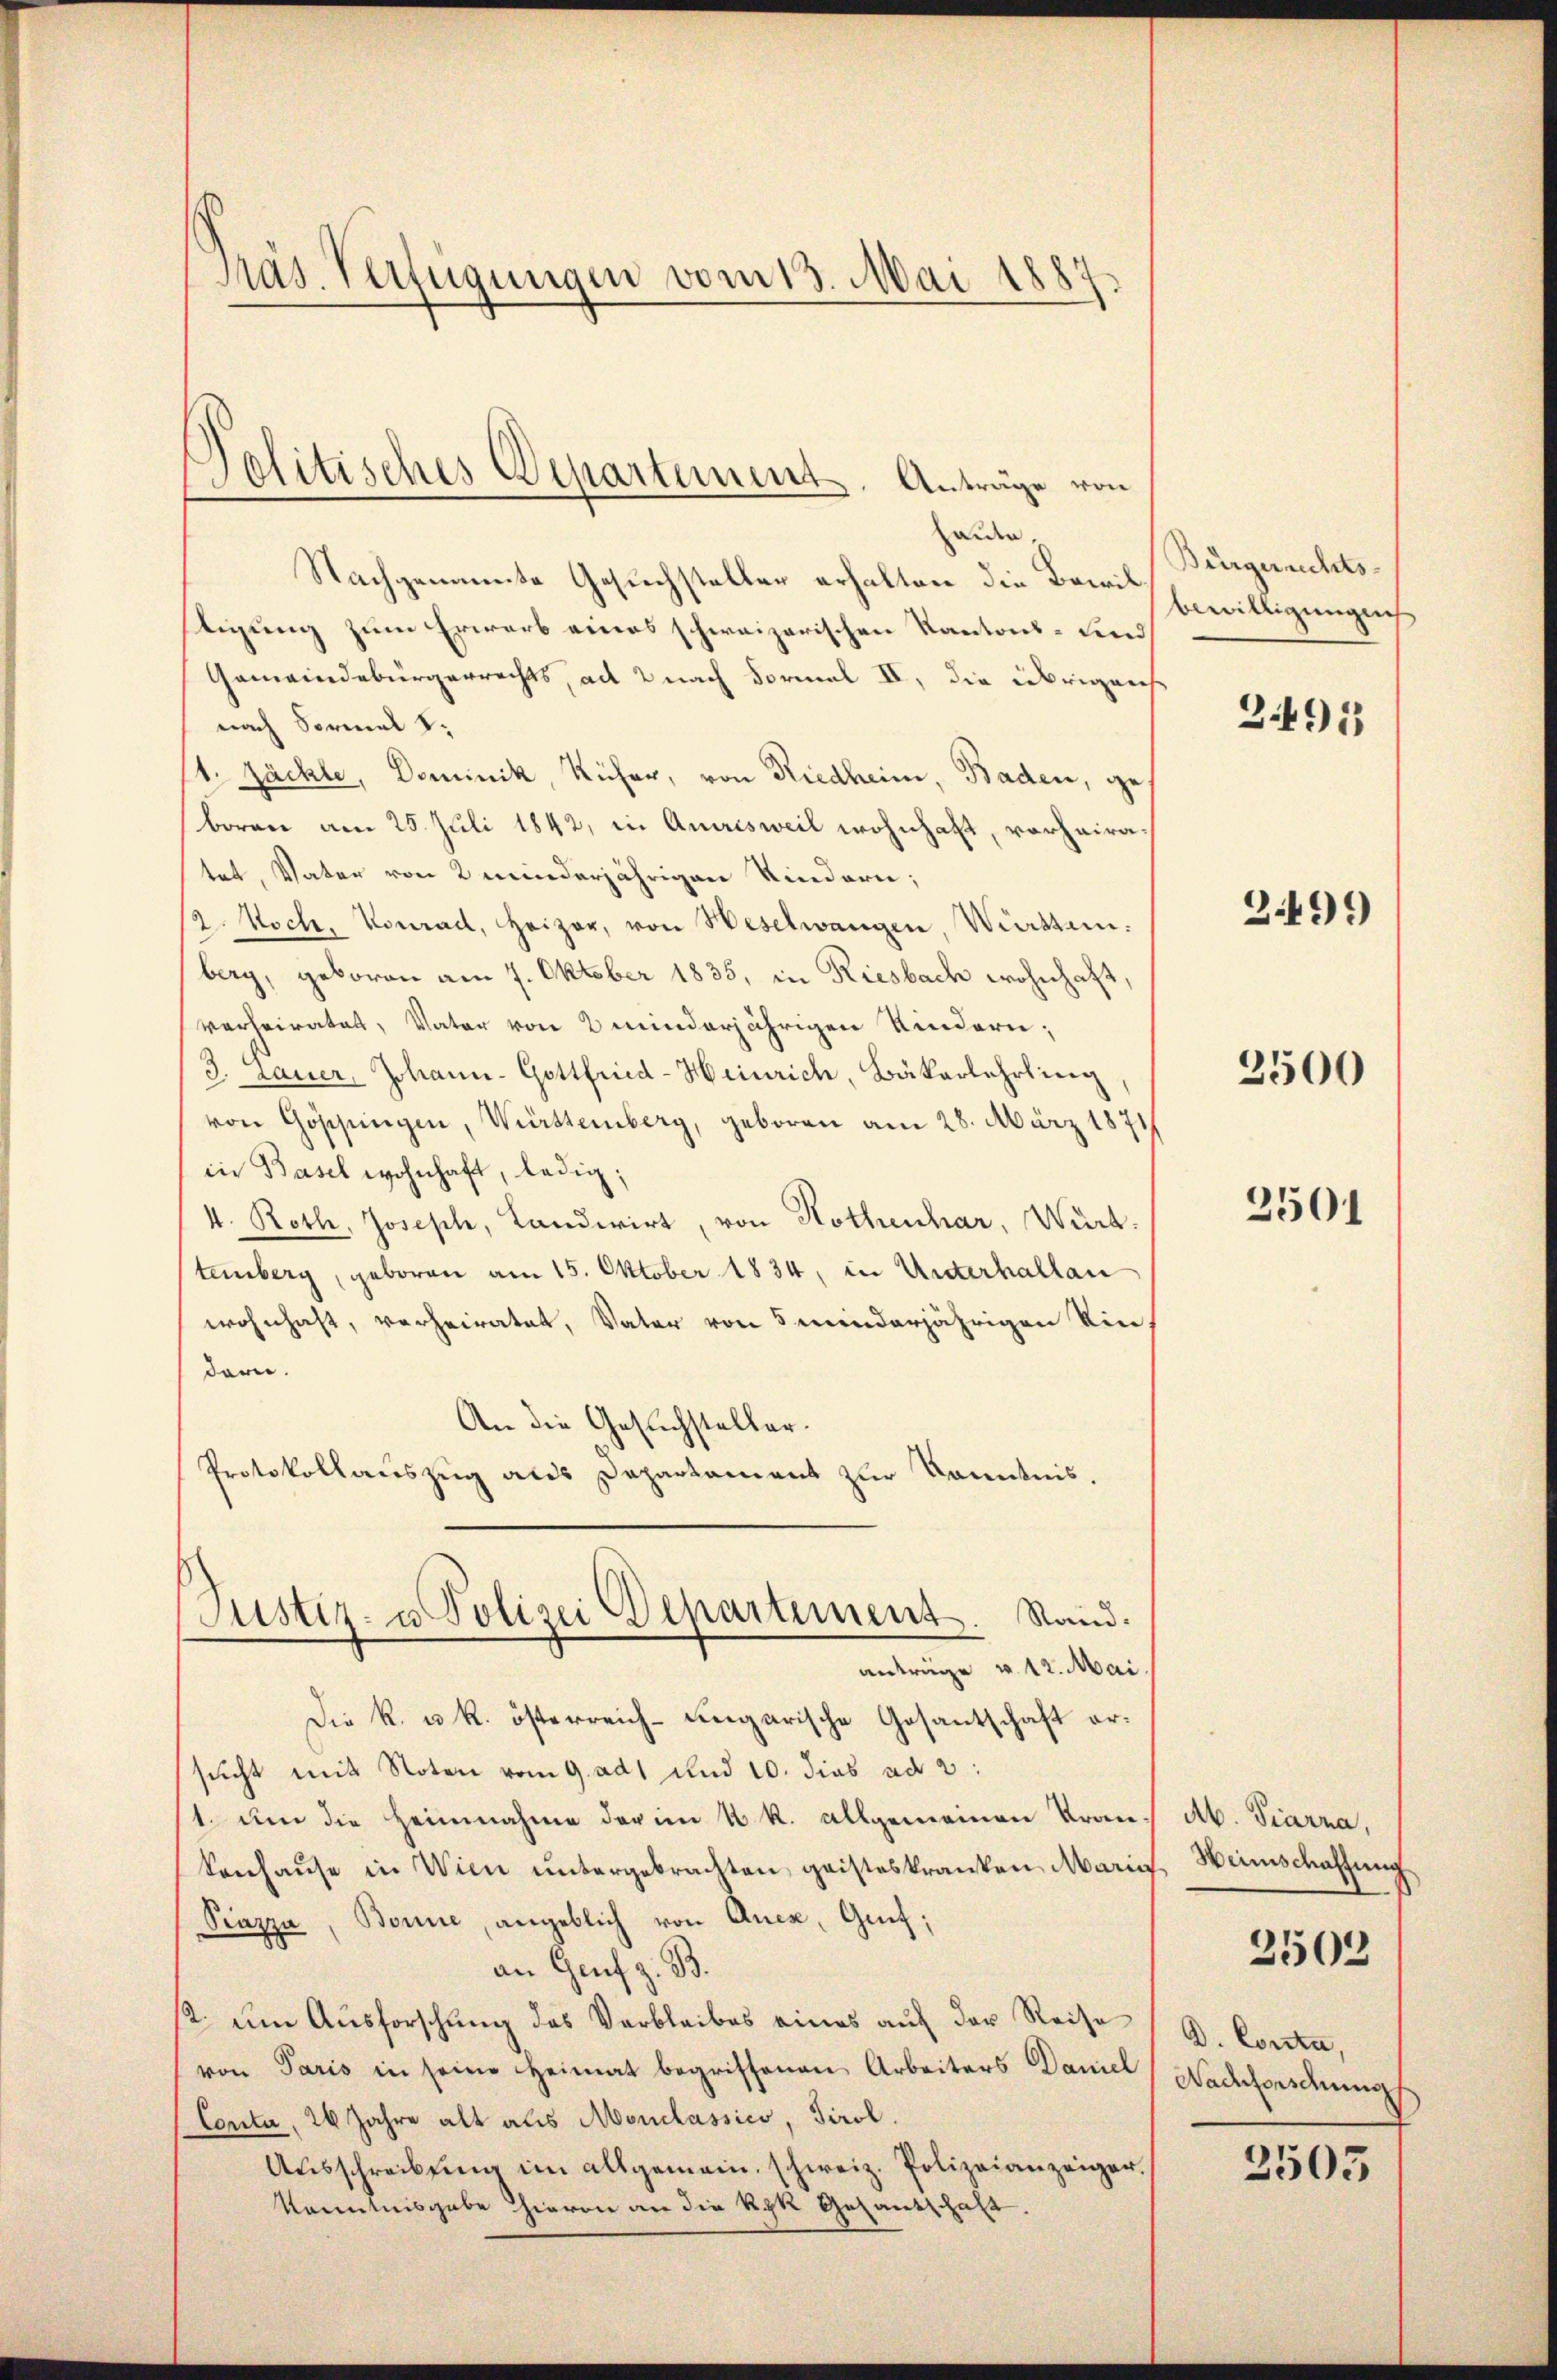
Präs. Verfügungen vom 13. Mai 1887

Nachgenannte Gesuchsteller erhalten die Bewiltigung zum Erwarb eines schweizerischen Kantons- und
Gemeindebürgerrechts, ad 2 nach Formal II, die übrigens
nach Sormal 1.
1. Jäckle, Dominik, Küher, von Riedheim, Baden, geboren am 25. Juli 1842, in Quirisweil wohnhaft, vorhairatet, Vater von 2 minderjährigen Kindern;
12. Noch. Vonrad, Heizer, von Weselwangen, Vierten:
berg, geboren am 7. Oktober 1835, in Riesbach wohnhaft,
verheiratet, Vater von 2 minderjährigen Kindern;
3. Lauer, Johann-Gottfried-Heinrich, Bäkerlehrling
von Göppingen, Württemberg, geboren am 28. März 1871
in Basel wohnhaft, ledig;
4. Roth, Joseph, Landwirt, von Rothenhar, Würt.
temberg, geboren am 15. Oktober 1834, in Unterhallan
wohnhaft, verheiratet, Vater von 5 minderjährigen Kin
dern.
An die Gesuchsteller-
Protokollauszug aus Departament zur Kenntnis.
Justiz- u Polizei Departement. Stand:
anträge v. 12. Mai.
Die R. u. k. österreich-ungarische Gesantschaft ersucht mit Noten vom 9. ad 1 und 10. dies ad 2:
1. um die Heimnahme der im k. k. allgemeinen Kran
konhaŭse in Wien ŭntergebrachten geisteskranken Maria Heimschaffung
Piazza, Bonne, angeblich von Quex, Genf;
an Genf z. B.
ß. um Ausforschung des Verbleibes eines auf der Reise
von Paris in seine Heimat begriffenen Arbeiters Daniel
Conta, 26 Jahre alt als Monclassico, Tirol.
Aŭsschreibŭng im allgemein, schweiz. Polizeianzeiger.
Kenntnisgabe Hievon an die Ryk Gesantschaft.

Politisches Departement. Anträge von
zauder,

Bürgerrechts-
bewilligungen
2.499

2495

2500

2501

Ab. Piarra,
D. Corta,
Nachforschung
2505

2503